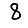
Digit: 8